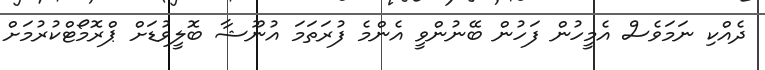
ދެއްކި ނަމަވެސް އެމީހުން ފަހުން ބޭނުންވީ އެންމެ ފުރަތަމަ އުނޫޝާ ބޮލީވުޑަށް ޕްރޮމޯޓްކުރުމަށް